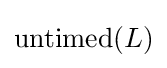
\operatorname {untimed} (L)